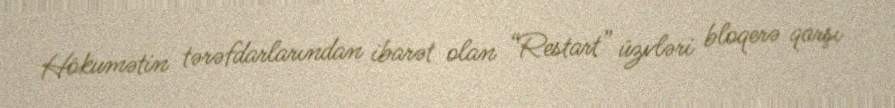
Hökumətin tərəfdarlarından ibarət olan “Restart” üzvləri bloqerə qarşı